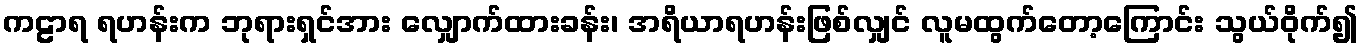
ကဠာရ ရဟန်းက ဘုရားရှင်အား လျှောက်ထားခန်း၊ အရိယာရဟန်းဖြစ်လျှင် လူမထွက်တော့ကြောင်း သွယ်ဝိုက်၍